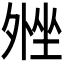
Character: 𫮋